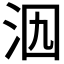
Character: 𣲶